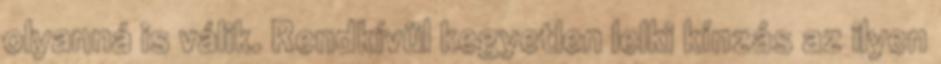
olyanná is válik. Rendkívül kegyetlen lelki kínzás az ilyen